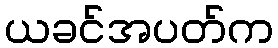
ယခင်အပတ်က